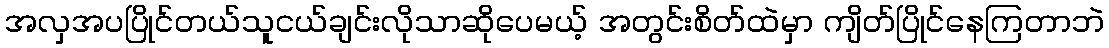
အလှအပပြိုင်တယ်သူငယ်ချင်းလိုသာဆိုပေမယ့် အတွင်းစိတ်ထဲမှာ ကျိတ်ပြိုင်နေကြတာဘဲ